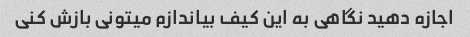
اجازه دهید نگاهی به این کیف بیاندازم میتونی بازش کنی